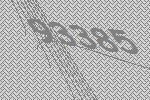
93385